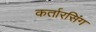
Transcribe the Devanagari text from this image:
कर्तारसिंग